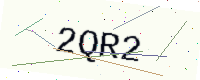
Text: 2QR2